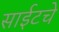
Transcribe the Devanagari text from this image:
साईटचे